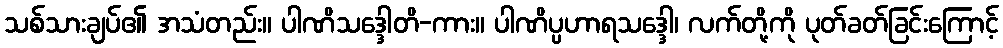
သစ်သားချပ်၏ အသံတည်း။ ပါဏိသဒ္ဒေါတိ-ကား။ ပါဏိပ္ပဟာရသဒ္ဒေါ၊ လက်တို့ကို ပုတ်ခတ်ခြင်းကြောင့်